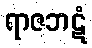
ရာဇဘဋံ